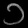
Digit: ၁